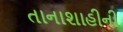
તાનાશાહીની